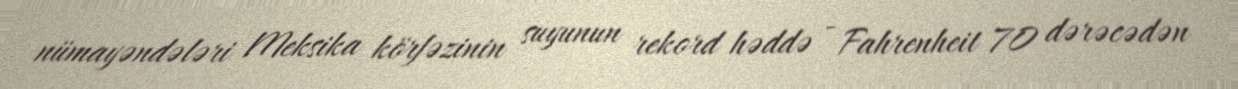
nümayəndələri Meksika körfəzinin suyunun rekord həddə - Fahrenheit 70 dərəcədən